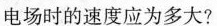
电场时的速度应为多大?